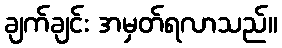
ချက်ချင်း အမှတ်ရလာသည်။